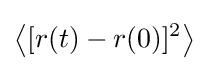
\left\langle [r(t)-r(0)]^{2}\right\rangle